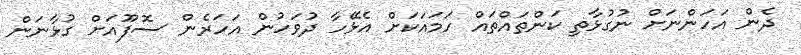
ދެން އަހަންނަށް ނުގުޅާތި ކަންތައްތައް ހަމައަކަށް އެޅޭހާ ދުވަހުން އަހަރެން ސޮފޫއަށް ގުޅާނަން